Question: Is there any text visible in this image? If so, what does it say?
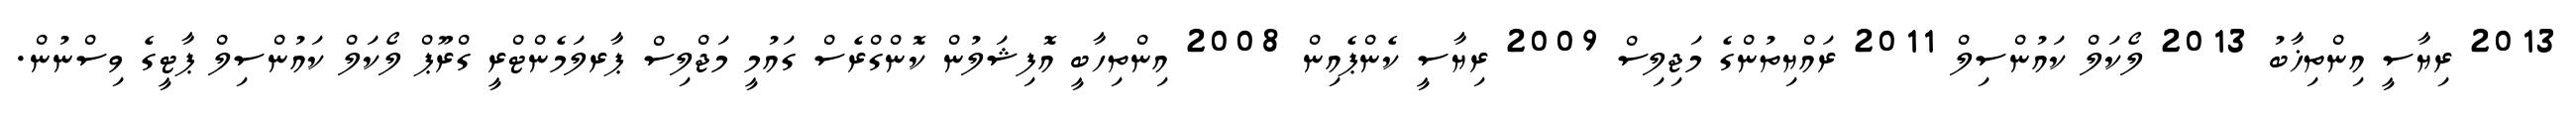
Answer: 2013 ރިޔާސީ އިންތިޚާބު 2013 ލޯކަލް ކައުންސިލް 2011 ރައްޔިތުންގެ މަޖިލިސް 2009 ރިޔާސީ ކެންޕެއިން 2008 އިންތިހާބީ އޮފިޝަލުން ކޮންގްރެސް ގައުމީ މަޖްލިސް ޕާރލަމެންޓްރީ ގްރޫޕް ލޯކަލް ކައުންސިލް ޕާޓީގެ ވިސްނުން.